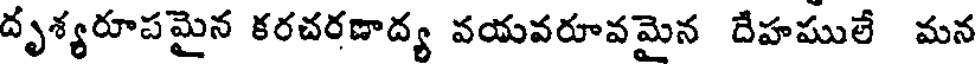
దృశ్యరూపమైన కరచరణాద్య వయవరూవమైన దేహములే మన